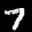
Label: 7